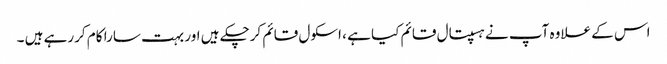
اس کے علاوہ آپ نے ہسپتال قائم کیا ہے ، اسکول قائم کرچکے ہیں اور بہت سارا کام کررہے ہیں ۔